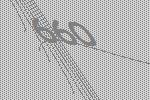
660